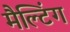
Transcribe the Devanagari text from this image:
मैल्टिंग